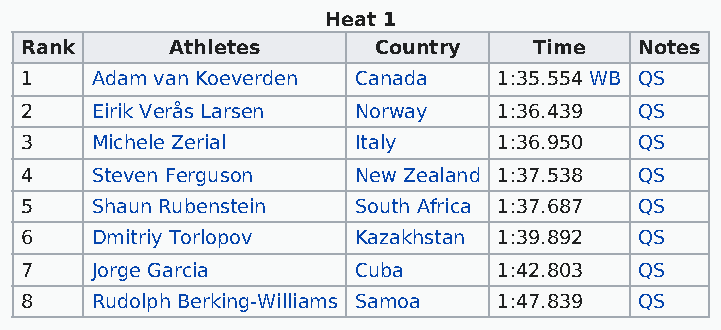
Heat 1
 Rank      Athletes      Country   Time   Notes
 1    Adam van Koeverden Canada  1:35.554 WB QS
 2    Eirik Verås Larsen Norway  1:36.439 QS
 3    Michele Zerial   Italy     1:36.950 QS
 4    Steven Ferguson  New Zealand 1:37.538 QS
 5    Shaun Rubenstein South Africa 1:37.687 QS
 6    Dmitriy Torlopov Kazakhstan 1:39.892 QS
 7    Jorge Garcia     Cuba      1:42.803 QS
 8    Rudolph Berking-Williams Samoa 1:47.839 QS